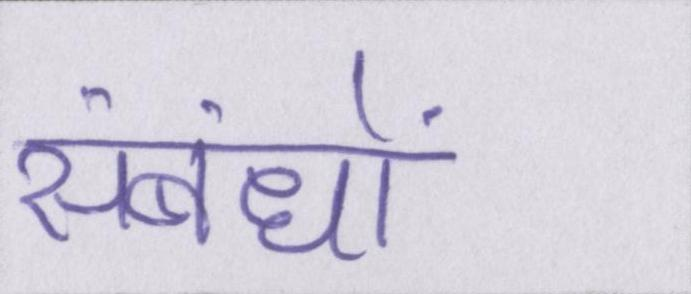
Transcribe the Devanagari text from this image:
संबंधों